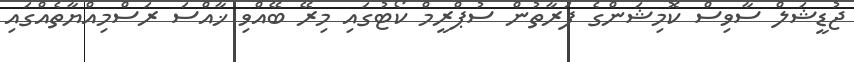
ޖުޑީޝަލް ސާވިސް ކޮމިޝަންގެ ފަރާތުން ސުޕްރީމް ކޯޓުގައި މިރޭ ބޭއްވި ޚާއްސަ ރަސްމިއްޔާތެއްގައި